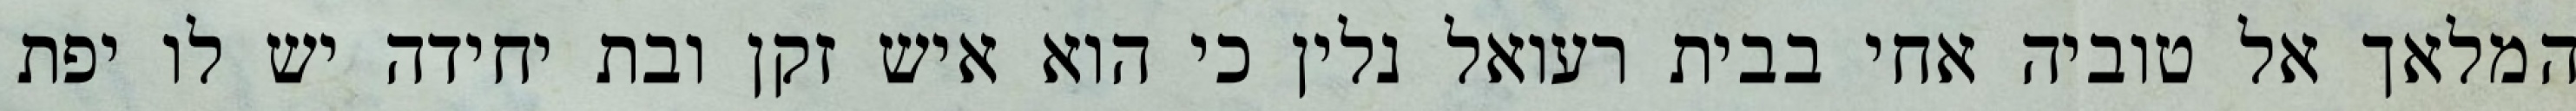
המלאך אל טוביה אחי בבית רעואל נלין כי הוא איש זקן ובת יחידה יש לו יפת